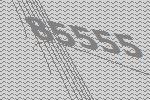
85555